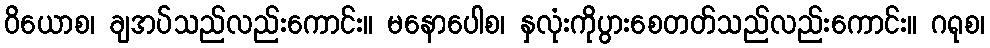
ဝိယောစ၊ ချအပ်သည်လည်းကောင်း။ မနောပေါစ၊ နှလုံးကိုပွားစေတတ်သည်လည်းကောင်း။ ဂရုစ၊